Annual report of the Imperial Bacteriologist
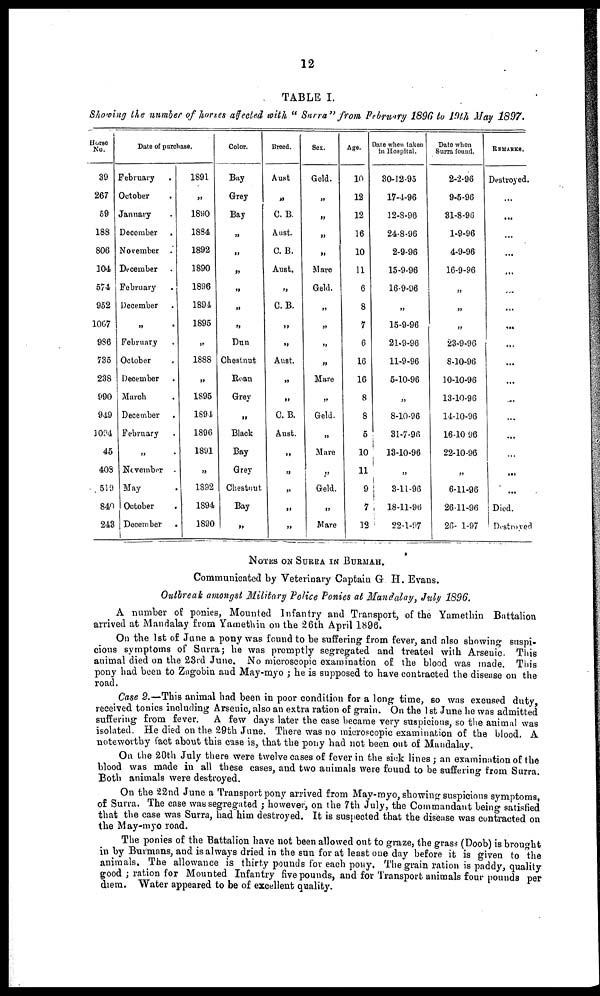
12
TABLE I.
Showing the number of horses affected with "Surra" from February 1896 to 19th May 1897.
Horse
No.
39
267
59
188
806
104
574
952
1067
986
735
238
990
949
1094
45
408
519
840
243
Date of purchase.
February .
October .
January .
December .
November .
December
February
December
„
February
October
December
March
December .
February
„
November
May
October
December
1891
„
1890
1884
1892
1890
1896
1894
1895
„
1888
„
1895
1894
1896
1891
„
1892
1894
1890
Color.
Bay
Grey
Bay
„
„
„
„
„
„
Dun
Chestnut
Roan
Grey
„
Black
Bay
Grey
Chestnut
Bay
„
Breed.
Aust
„
C. B.
Aust.
C. B.
Aust.
„
C.B.
„
„
Aust.
„
„
C.B.
Aust.
„
„
„
„
„
Sex.
Geld.
„
„
„
„
Mare
Geld.
„
„
„
„
Mare
„
Geld.
„
Mare
„
Geld.
„
Mare
Age.
10
12
12
16
10
11
6
8
7
6
16
16
8
8
5
10
11
9
7
12
Date when taken
in Hospital.
30-12-95
17-4-96
12-8-96
24-8-96
2-9-96
15-9-96
16-9-96
„
15-9-96
21-9-96
11-9-96
5-10-96
„
8-10-96
31-7-96
13-10-96
„
3-11-96
18-11-96
22-1-97
Date when
Surra found.
2-2-96
9-5-96
31-8-96
1-9-96
4-9-96
16-9-96
„
„
„
23-9-96
8-10-96
10-10-96
13-10-96
14-10-96
16-10-96
22-10-96
„
6-11-96
26-11-96
26- 1-97
REMARKS.
Destroyed.
...
...
...
...
...
...
...
...
...
...
...
...
...
...
...
...
...
Died.
Destroyed
NOTES ON SURRA IN BURMAH.
Communicated by Veterinary Captain G. H. Evans.
Outbreak amongst Military Police Ponies at Mandalay, July 1896.
A number of ponies, Mounted Infantry and Transport, of the Yamethin Battalion
arrived at Mandalay from Yamethin on the 26th April 1896.
On the 1st of June a pony was found to be suffering from fever, and also showing suspi-
cious symptoms of Surra; he was promptly segregated and treated with Arsenic. This
animal died on the 23rd June. No microscopic examination of the blood was made. This
pony had been to Zagobin and May-myo ; he is supposed to have contracted the disease on the
road.
Case 2.—This animal had been in poor condition for a long time, so was excused duty,
received tonics including Arsenic, also an extra ration of grain. On the 1 st June he was admitted
suffering from fever. A few days later the case became very suspicious, so the animal was
isolated. He died on the 29th June. There was no microscopic examination of the blood. A
noteworthy fact about this case is, that the pony had not been out of Mandalay.
On the 20th July there were twelve cases of fever in the sick lines; an examination of the
blood was made in all these cases, and two animals were found to be suffering from Surra.
Both animals were destroyed.
On the 22nd June a Transport pony arrived from May-myo, showing suspicious symptoms,
of Surra. The case was segregated ; however, on the 7th July, the Commandant being satisfied
that the case was Surra, had him destroyed. It is suspected that the disease was contracted on
the May-myo road.
The ponies of the Battalion have not been allowed out to graze, the grass (Doob) is brought
in by Burmans, and is always dried in the sun for at least one day before it is given to the
animals. The allowance is thirty pounds for each pony. The grain ration is paddy, quality
good ; ration for Mounted Infantry five pounds, and for Transport animals four pounds per
diem. Water appeared to be of excellent quality.